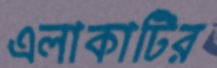
এলাকাটির